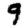
Digit: 9